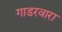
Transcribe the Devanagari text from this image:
गाडरवारा